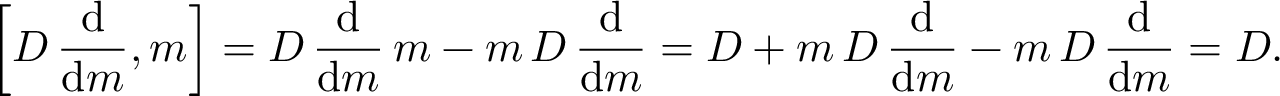
\left[ D \, { \frac { \mathrm { d } } { \mathrm { d } m } } , m \right] = D \, { \frac { \mathrm { d } } { \mathrm { d } m } } \, m - m \, D \, { \frac { \mathrm { d } } { \mathrm { d } m } } = D + m \, D \, { \frac { \mathrm { d } } { \mathrm { d } m } } - m \, D \, { \frac { \mathrm { d } } { \mathrm { d } m } } = D .